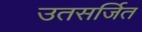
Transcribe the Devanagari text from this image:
उतसर्जित